Annual report of the Imperial Bacteriological Laboratory, Muktesar
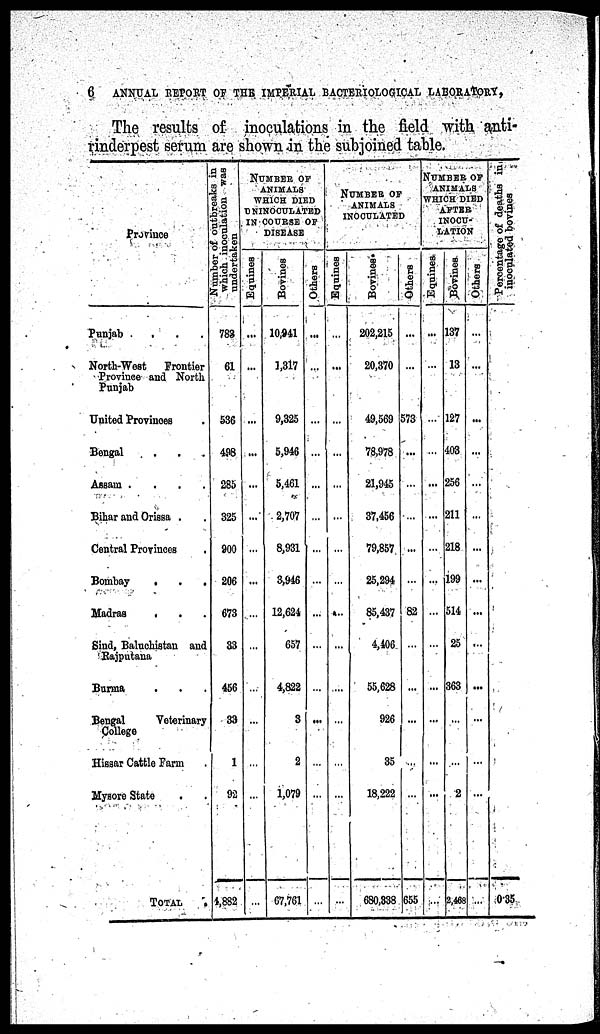
6
ANNUAL REPORT OF THE IMPERIAL BACTERIOLOGICAL LABORATORY,
The results of inoculations in the field with anti-
rinderpest serum are shown in the subjoined table.
Province
Punjab
North-West
Frontier
Province and North
Punjab
United Provinces
Bengal . . .
Aasam .
.
.
.
Bihar and Orissa . .
Central Provinces .
Bombay
.
.
.
Madras
. . .
Sind, Baluchistan and
Rajputana
Burma . . .
Bengal
Veterinary
College
Hissar Cattle Farm .
Mysore State . .
TOTAL .
Number of outbreaks in
which inoculation was
undertaken
783
61
536
498
285
325
900
206
673
33
456
33
1
92
4,882
NUMBER OF
ANIMALS
WHICH DIED
UNINOCULATED
IN COURSE OF
DISEASE
Equines
...
...
...
...
...
...
...
...
...
...
...
...
...
...
...
Bovines
10,941
3,317
9,325
5,946
5,461
2,707
8,931
3,946
12,624
657
4,822
3
2
1,079
67,761
Others
....
...
...
...
...
...
...
...
...
...
...
...
...
...
...
NUMBER OF
ANIMALS
INOCULATED
Equines
...
...
...
...
...
...
...
...
...
...
....
...
...
...
...
Bovines.
202,215
20,370
49,569
78,978
21,945
37,456
79,857
25,294
85,437
4,406
55,628
926
35
18,222
680,338
Others
...
...
573
...
...
...
...
...
82
...
...
...
...
655
NUMBER OF
ANIMALS
WHICH DIED
AFTER
INOCU-
LATION
Equines
...
...
...
...
...
...
...
...
...
...
...
...
...
...
Bovines
137
13
127
403
256
211
218
199
514
25
363
...
...
2
2,468
Others
...
...
...
...
...
...
...
...
...
...
...
...
...
Percentage of deaths in
inoculated bovines
0.35